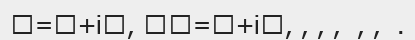
=+і, =+і, , , ,  , ,  .